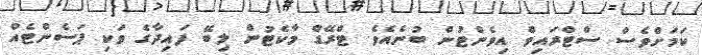
ކަމަށްވެސް ސްޓްރައިވް އިވެންޓުން ބުނެއެވެ. ޓްރޭޑް މާކެޓުން ލިބޭ ފައިދާގެ ވަކި ޕަސެންޓެއް